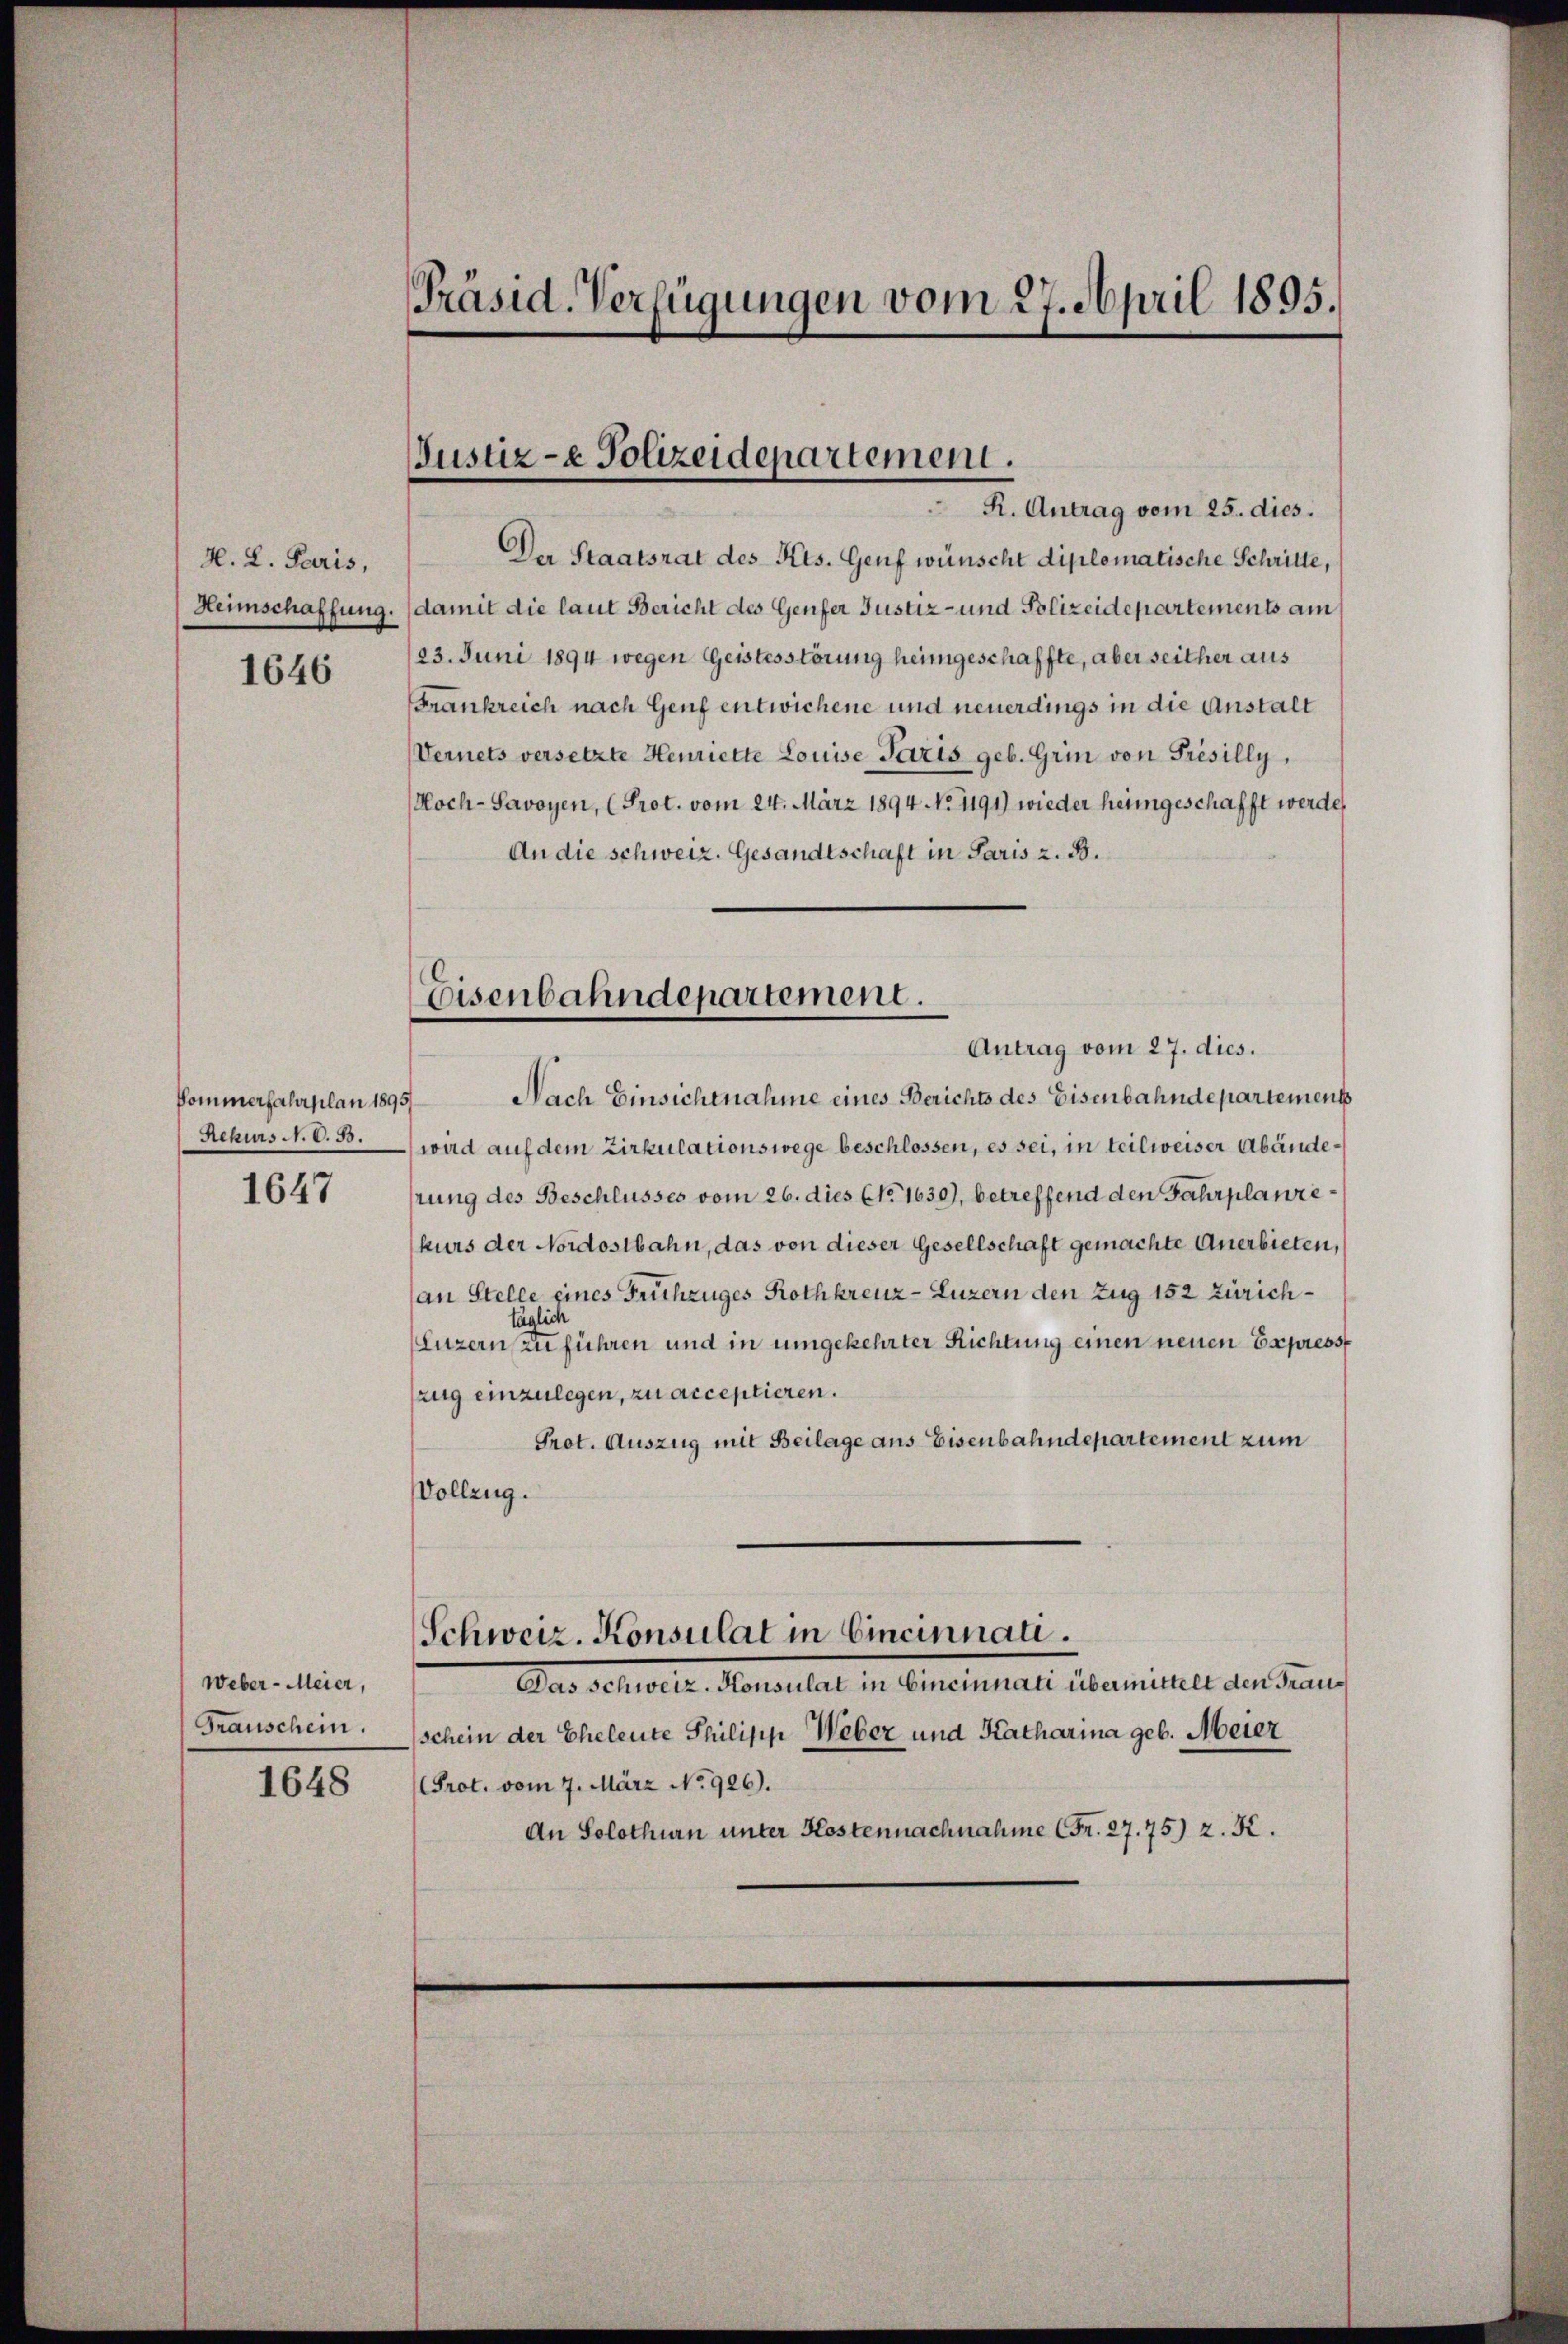
H. L. Paris,
Heimschaffung.

1646

Pommerfahrplan 1895/
Rekurs N. V. B.

1647

Weber-Meier,
Franschein.

1648

Präsid. Verfügungen vom 27. April 1895.

Justiz- & Polizeidepartement.
R. Antrag vom 25. dies.

Eisenbahndepartement.
Antrag vom 27. dies.

Der Staatsrat des Kts. Genf wünscht diplomatische Schritte,
damit die laut Bericht des Genfer Justiz- und Polizeidepartements am
123. Juni 1894 wegen Geistesstörung heimgeschaffte, aber seither aus
Frankreich nach Genf entwichene und neuerdings in die Anstalt
Vernets versetzte Henriette Louise Paris geb. Grin von Présilly,
Hoch-Savoyen, (Prot. vom 24. März 1894 NNo. 1191) wieder heimgeschafft werde,
An die schweiz. Gesandtschaft in Paris z. B.
Nach Einsichtnahme eines Berichts des Eisenbahndepartement
wird auf dem Zirkulationswege beschlossen, es sei, in teilweiser Abändehrung des Beschlusses vom 26. dies No. 1630), betreffend den Fahrplanrekurs der Nordostbahn, das von dieser Gesellschaft gemachte Anerbieten,
an Stelle eines Frühzuges Rothkreuz-Luzern den Zug 152 Zürich¬
Luzern zu führen und in umgekehrter Richtung einen neuen Expresse
zug einzulegen, zu acceptieren.
Prot. Auszug mit Beilage aus Eisenbahndepartement zum
Vollzug.
Schweiz. Konsulat in Cincinnati.
Das Scholle. Beratulat in Gemeinstalte Gemeiner den Gener
schein der Eheleute Philipp Weber und Katharina geb. Meier
Prot. vom 7. März No. 926).
An Solothurn unter Kostennachnahme (Fr. 27. 75) z. K.